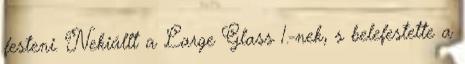
festeni. Nekiállt a Large Glass 1.-nek, s belefestette a